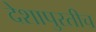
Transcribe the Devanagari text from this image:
देशापुरतीच